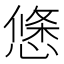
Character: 𭞝